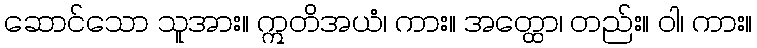
ဆောင်သော သူအား။ ဣတိအယံ၊ ကား။ အတ္ထော၊ တည်း။ ဝါ၊ ကား။